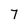
Character: 7